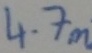
Text: 4.7m